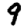
Digit: 9